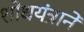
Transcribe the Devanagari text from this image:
शोधयंत्राने